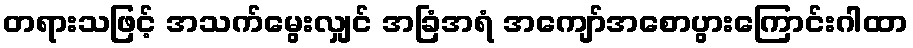
တရားသဖြင့် အသက်မွေးလျှင် အခြံအရံ အကျော်အစောပွားကြောင်းဂါထာ